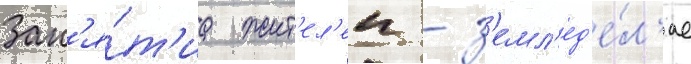
Зан'я́т'иа жит'ел'еи - з'емл'ед'е́л'ие